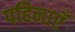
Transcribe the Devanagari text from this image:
पहिनाएँ